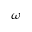
\omega